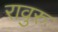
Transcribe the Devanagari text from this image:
रावुरु